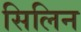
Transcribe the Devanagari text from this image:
सिलिन